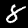
Digit: 8